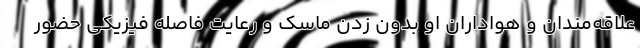
علاقه‌مندان و هواداران او بدون زدن ماسک و رعایت فاصله فیزیکی حضور